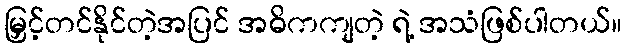
မြှင့်တင်နိုင်တဲ့အပြင် အဓိကကျတဲ့ ရဲ့ အသံဖြစ်ပါတယ်။